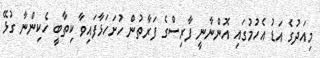
މިއަދުގެ އަޑު އެހުމުގައި އޮންނާނީ ފާރިސްގެ ފަރާތުން ހުށަހަޅާފައިވާ ކިތާބީ ހެކިންނާ ގުޅޭ